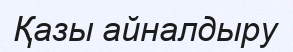
Қазы айналдыру